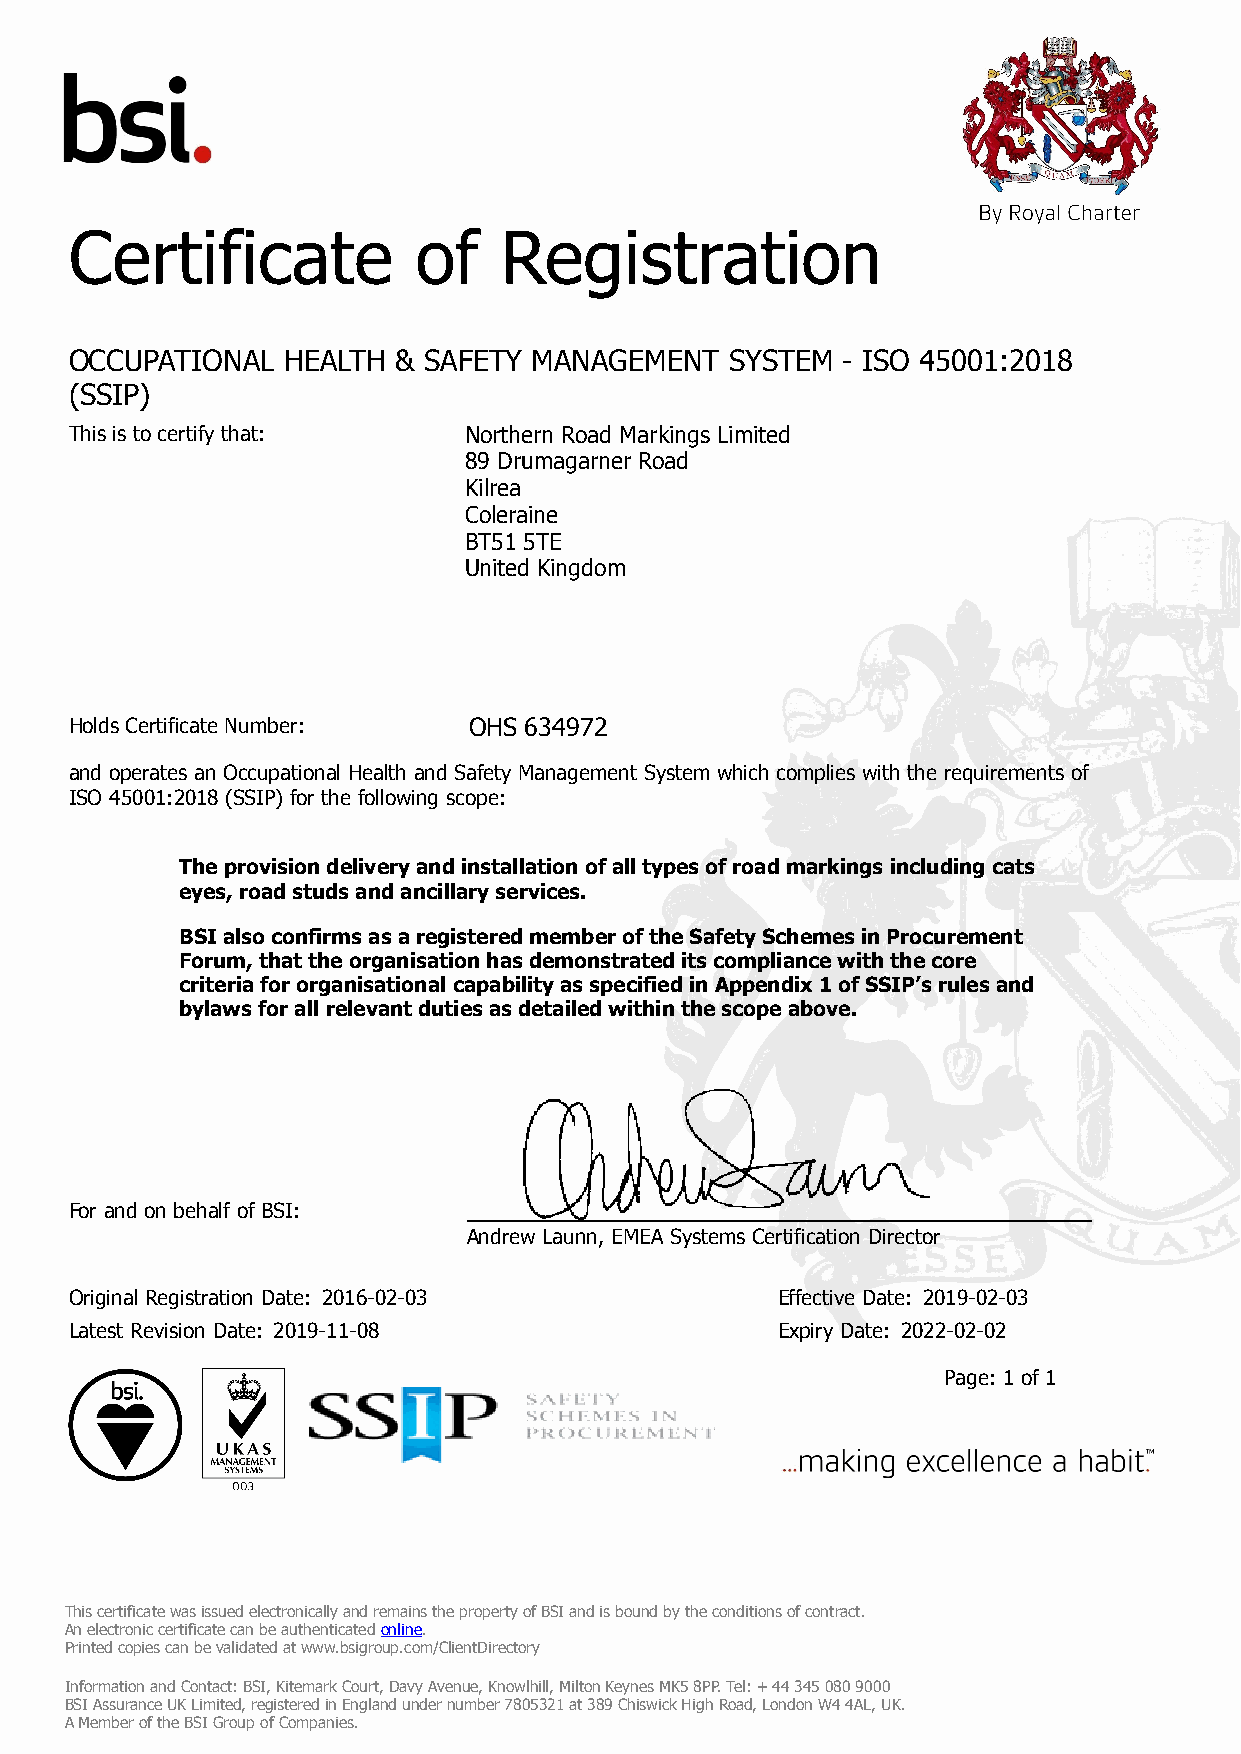
Certificate           of    Registration
 OCCUPATIONAL  HEALTH & SAFETY MANAGEMENT   SYSTEM  - ISO 45001:2018
 (SSIP)
 This is to certify that:  Northern Road Markings Limited
 89 Drumagarner Road
 Kilrea
 Coleraine
 BT51 5TE
 United Kingdom
 Holds Certificate Number: OHS 634972
 and operates an Occupational Health and Safety Management System which complies with the requirements of
 ISO 45001:2018 (SSIP) for the following scope:
 The provision delivery and installation of all types of road markings including cats
 eyes, road studs and ancillary services.
 BSI also confirms as a registered member of the Safety Schemes in Procurement
 Forum, that the organisation has demonstrated its compliance with the core
 criteria for organisational capability as specified in Appendix 1 of SSIP’s rules and
 bylaws for all relevant duties as detailed within the scope above.
 For and on behalf of BSI:
 Andrew Launn, EMEA Systems Certification Director
 Original Registration Date: 2016-02-03        Effective Date: 2019-02-03
 Latest Revision Date: 2019-11-08              Expiry Date: 2022-02-02
 Page: 1 of 1
 This certificate was issued electronically and remains the property of BSI and is bound by the conditions of contract.
 An electronic certificate can be authenticated online.
 Printed copies can be validated at www.bsigroup.com/ClientDirectory
 Information and Contact: BSI, Kitemark Court, Davy Avenue, Knowlhill, Milton Keynes MK5 8PP. Tel: + 44 345 080 9000
 BSI Assurance UK Limited, registered in England under number 7805321 at 389 Chiswick High Road, London W4 4AL, UK.
 A Member of the BSI Group of Companies.